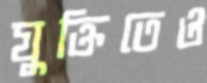
যুক্তিতেও